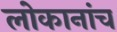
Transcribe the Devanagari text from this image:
लोकानांच